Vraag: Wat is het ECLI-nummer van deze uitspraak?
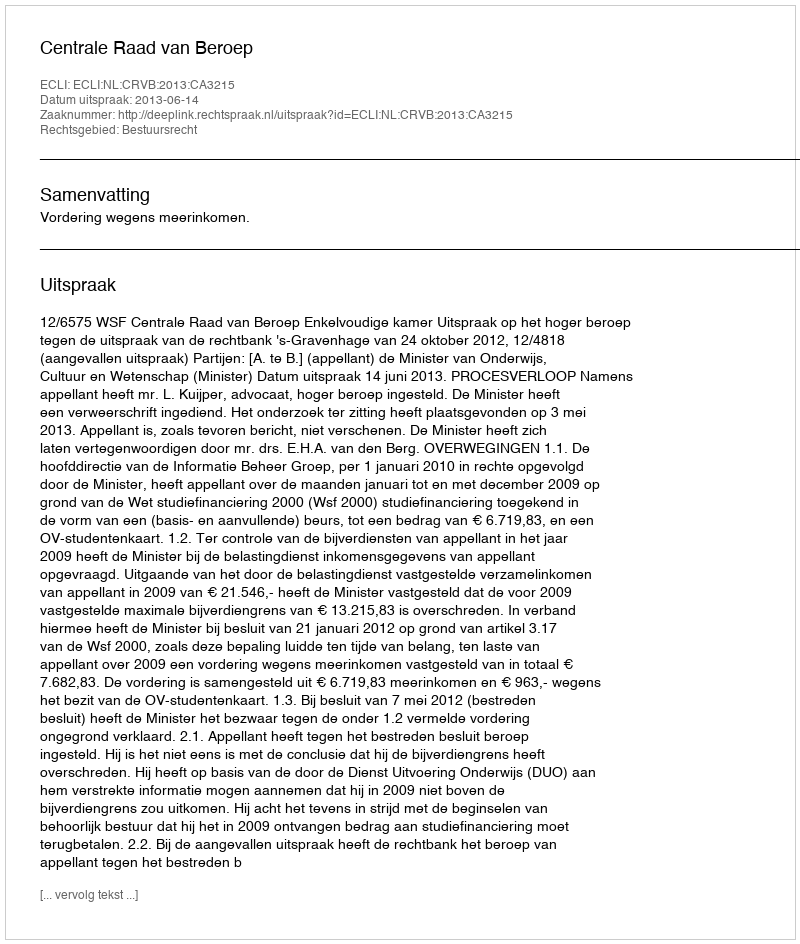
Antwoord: ECLI:NL:CRVB:2013:CA3215